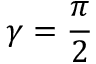
\gamma = \frac { \pi } { 2 }